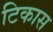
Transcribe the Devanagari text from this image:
टिकास